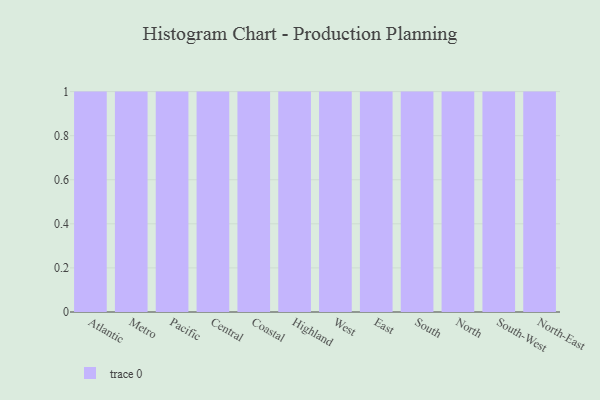
{"axis": {"x": "Region", "y": "Humidity (%)"}, "legend": [""], "data": [{"x": "Atlantic", "y": 11, "type": ""}, {"x": "Metro", "y": 86, "type": ""}, {"x": "Pacific", "y": 48, "type": ""}, {"x": "Central", "y": 74, "type": ""}, {"x": "Coastal", "y": 78, "type": ""}, {"x": "Highland", "y": 97, "type": ""}, {"x": "West", "y": 60, "type": ""}, {"x": "East", "y": 29, "type": ""}, {"x": "South", "y": 21, "type": ""}, {"x": "North", "y": 72, "type": ""}, {"x": "South-West", "y": 51, "type": ""}, {"x": "North-East", "y": 28, "type": ""}]}